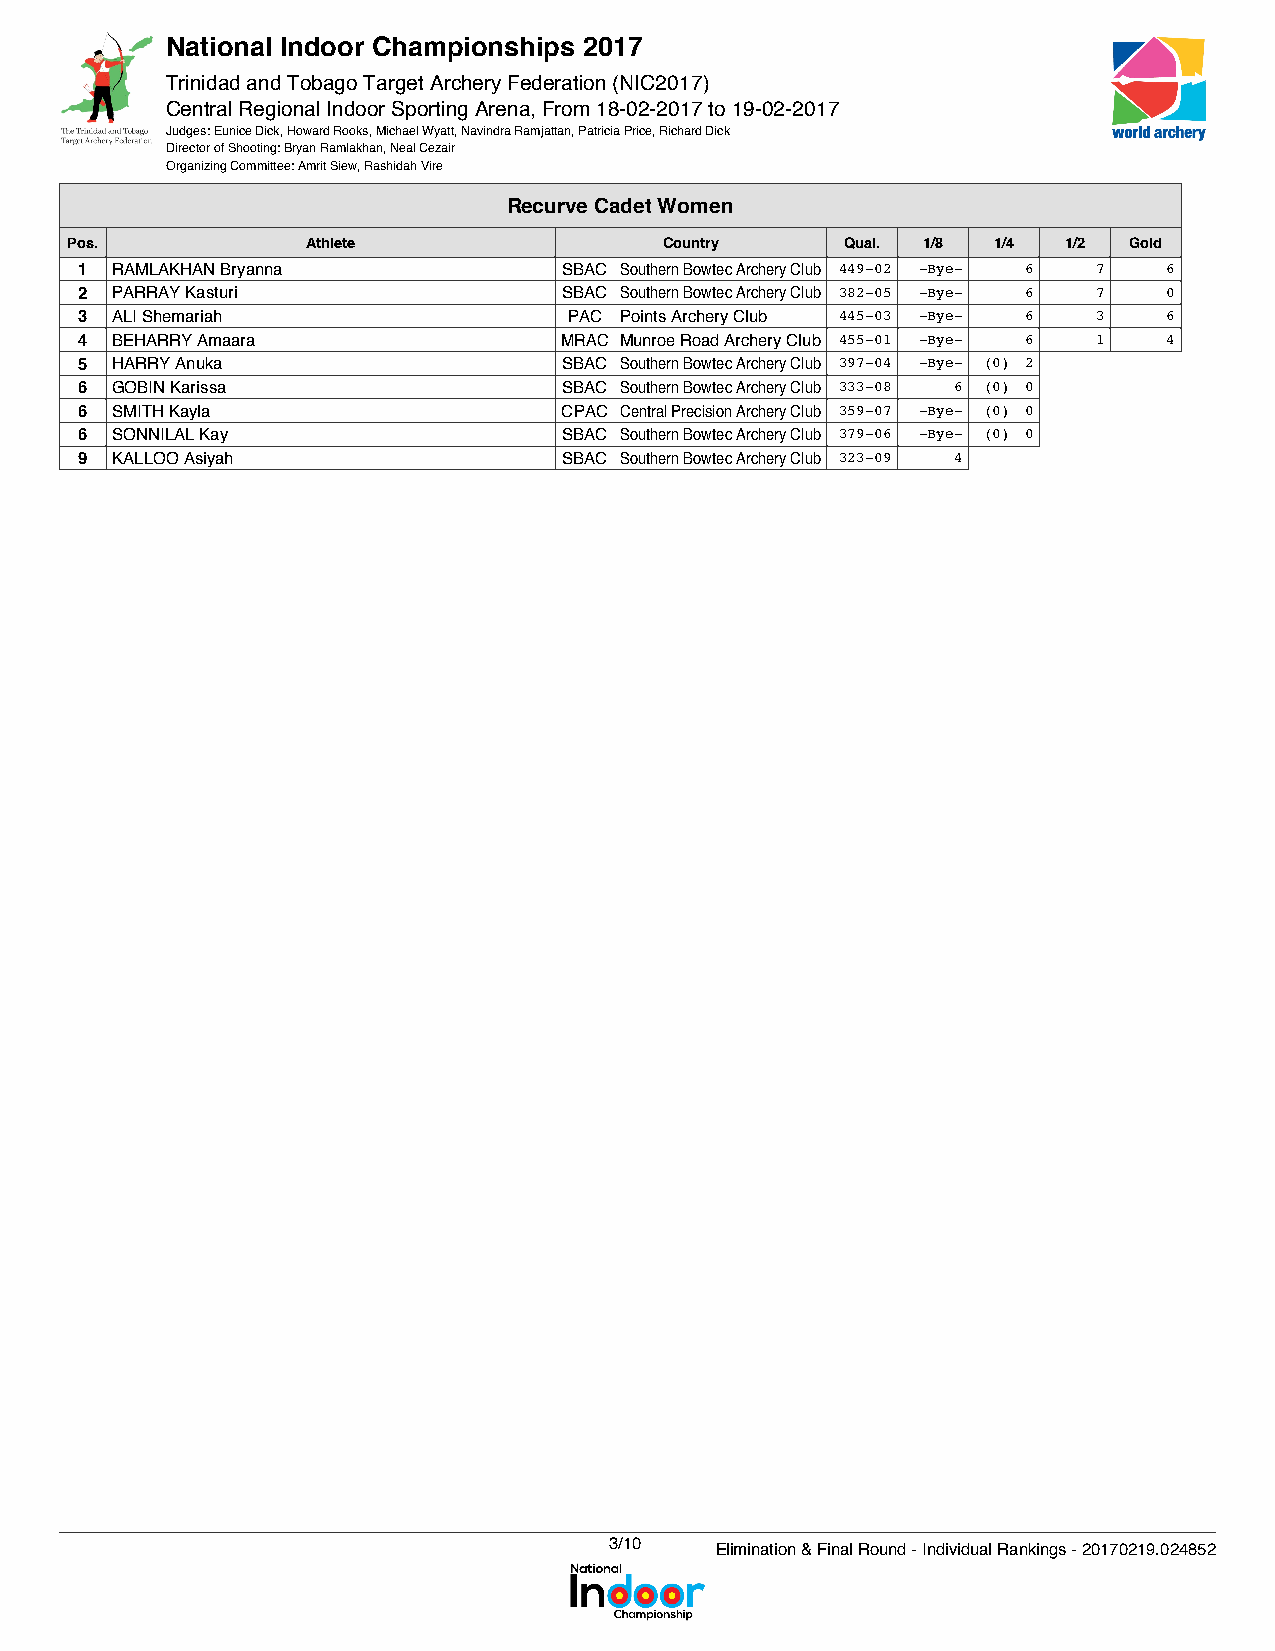
National Indoor Championships 2017
 Trinidad and Tobago Target Archery Federation (NIC2017)
 Central Regional Indoor Sporting Arena, From 18-02-2017 to 19-02-2017
 Judges: Eunice Dick, Howard Rooks, Michael Wyatt, Navindra Ramjattan, Patricia Price, Richard Dick
 Director of Shooting: Bryan Ramlakhan, Neal Cezair
 Organizing Committee: Amrit Siew, Rashidah Vire
 Recurve Cadet Women
 Pos.            Athlete                 Country     Qual. 1/8 1/4 1/2  Gold
 1 RAMLAKHAN Bryanna             SBAC Southern Bowtec Archery Club 449-02 -Bye- 6 7 6
 2 PARRAY Kasturi                SBAC Southern Bowtec Archery Club 382-05 -Bye- 6 7 0
 3 ALI Shemariah                  PAC Points Archery Club 445-03 -Bye- 6 3 6
 4 BEHARRY Amaara                MRAC Munroe Road Archery Club 455-01 -Bye- 6 1 4
 5 HARRY Anuka                   SBAC Southern Bowtec Archery Club 397-04 -Bye- (0) 2
 6 GOBIN Karissa                 SBAC Southern Bowtec Archery Club 333-08 6 (0) 0
 6 SMITH Kayla                   CPAC Central Precision Archery Club 359-07 -Bye- (0) 0
 6 SONNILAL Kay                  SBAC Southern Bowtec Archery Club 379-06 -Bye- (0) 0
 9 KALLOO Asiyah                 SBAC Southern Bowtec Archery Club 323-09 4
 3/10   Elimination & Final Round - Individual Rankings - 20170219.024852